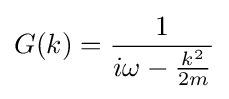
G(k)={1 \over i\omega -{k^{2} \over 2m}}